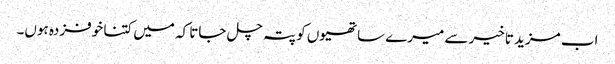
اب مزید تاخیر سے میرے ساتھیوں کو پتہ چل جاتا کہ میں کتنا خوفزدہ ہوں۔